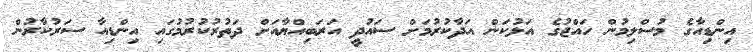
އިންޑިއާގެ މުސްލިމުން ހައްޖުގެ އަޅުކަން އަދާކުރުމަށް ސައުދީ އަރަބިއްޔާއަށް ދަތުރުކުރުމުގައި އިންޑިއާ ސަރުކާރުން